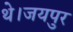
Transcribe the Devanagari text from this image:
थे।जयपुर